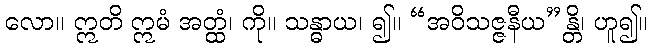
လော။ ဣတိ ဣမံ အတ္ထံ၊ ကို။ သန္ဓာယ၊ ၍။ “အဝိသဇ္ဇနီယ”န္တိ၊ ဟူ၍။